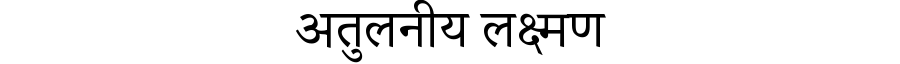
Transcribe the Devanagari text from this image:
अतुलनीय लक्ष्मण